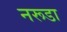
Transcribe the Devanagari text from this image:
नरूडा